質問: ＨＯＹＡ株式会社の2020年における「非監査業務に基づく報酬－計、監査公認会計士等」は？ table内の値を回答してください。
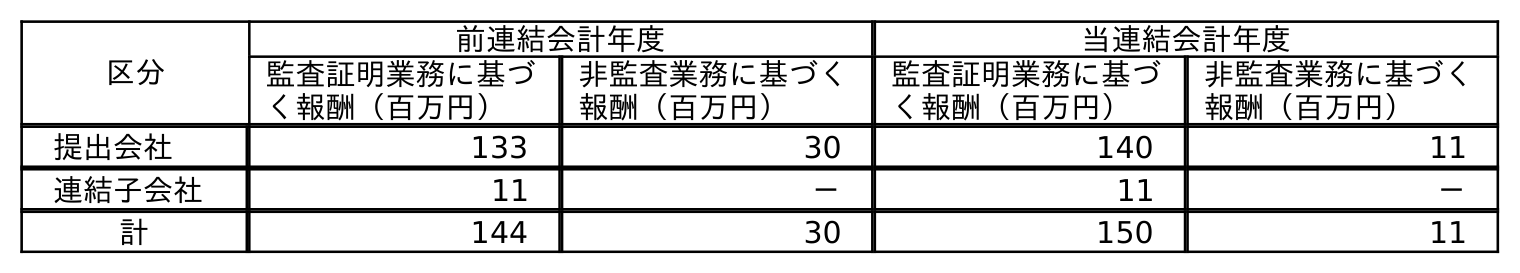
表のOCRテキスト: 区分 前連結会計年度 当連結会計年度 監査証明業務に基づ く報酬（百万円） 非監査業務に基づく 報酬（百万円） 監査証明業務に基づ く報酬（百万円） 非監査業務に基づく 報酬（百万円） 提出会社 133 30 140 11 連結子会社 11 － 11 － 計 144 30 150 11
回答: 11